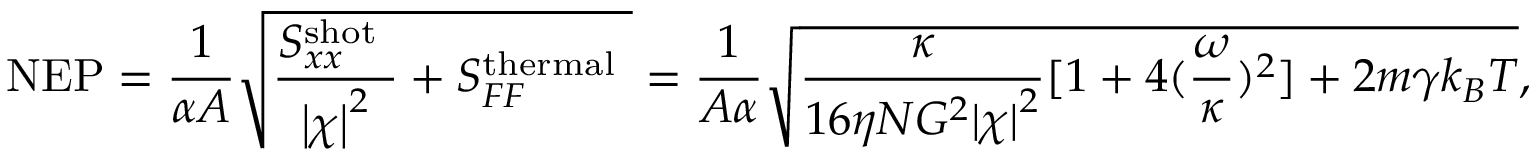
\mathrm { N E P } = \frac { 1 } { \alpha A } \sqrt { \frac { S _ { x x } ^ { \mathrm { s h o t ~ } } } { \left| \chi \right| ^ { 2 } } + S _ { F F } ^ { \mathrm { t h e r m a l ~ } } } = \frac { 1 } { A \alpha } \sqrt { \frac { \kappa } { 1 6 \eta N G ^ { 2 } { | \chi | } ^ { 2 } } [ 1 + 4 ( \frac { \omega } { \kappa } ) ^ { 2 } ] + 2 m \gamma k _ { B } T } ,